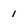
Character: 1